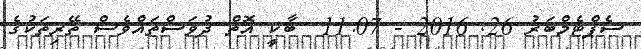
ސެޕްޓެމްބަރު 26